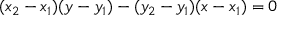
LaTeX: ( x _ { 2 } - x _ { 1 } ) ( y - y _ { 1 } ) - ( y _ { 2 } - y _ { 1 } ) ( x - x _ { 1 } ) = 0